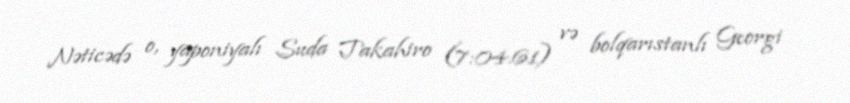
Nəticədə o, yaponiyalı Suda Takahiro (7:04.61) və bolqarıstanlı Georgi